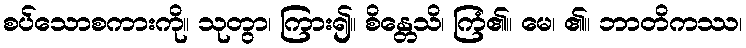
စပ်သောစကားကို။ သုတွာ၊ ကြား၍။ စိန္တေသိ၊ ကြံ၏။ မေ၊ ၏။ ဘာတိကဿ၊